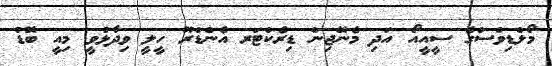
މޯލްޑިވްސްގެ ސީއީއޯ އަދި މެނޭޖިން ޑިރެކްޓަރ އެންޑްރޫ ހީލީ ވިދާޅުވީ މިއީ ބޮޑު